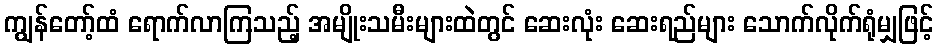
ကျွန်တော့်ထံ ရောက်လာကြသည့် အမျိုးသမီးများထဲတွင် ဆေးလုံး ဆေးရည်များ သောက်လိုက်ရုံမျှဖြင့်